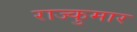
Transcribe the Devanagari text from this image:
राज्कुमार